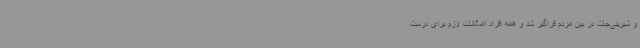
و شیرینی‌جات در بین مردم فراگیر شد و همه افراد امکانات لازم برای درست